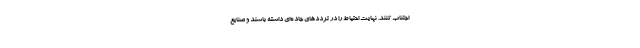
اجتناب کنند. نهایت احتیاط را در ترددهای جاده‌ای داشته باشند و صنایع